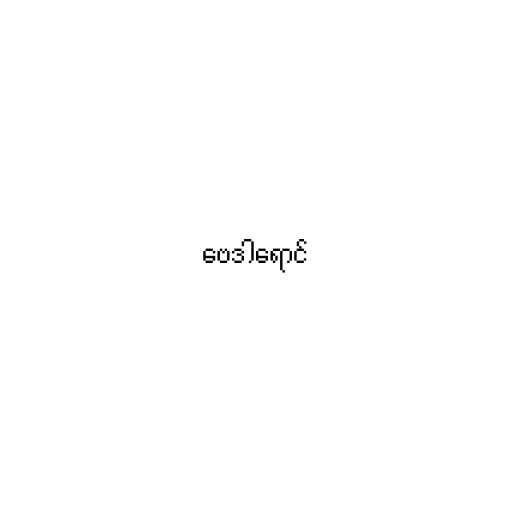
ဗေဒါရောင်